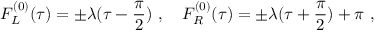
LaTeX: F _ { L } ^ { ( 0 ) } ( \tau ) = \pm \lambda ( \tau - \frac { \pi } { 2 } ) \ , ~ ~ ~ F _ { R } ^ { ( 0 ) } ( \tau ) = \pm \lambda ( \tau + \frac { \pi } { 2 } ) + \pi \ ,